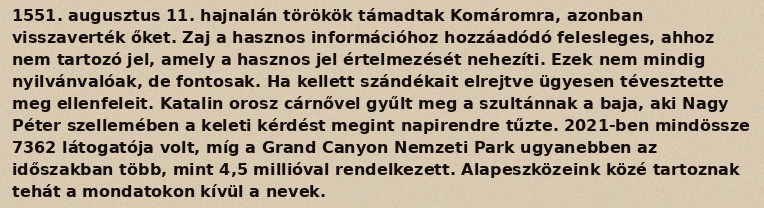
1551. augusztus 11. hajnalán törökök támadtak Komáromra, azonban visszaverték őket. Zaj a hasznos információhoz hozzáadódó felesleges, ahhoz nem tartozó jel, amely a hasznos jel értelmezését nehezíti. Ezek nem mindig nyilvánvalóak, de fontosak. Ha kellett szándékait elrejtve ügyesen tévesztette meg ellenfeleit. Katalin orosz cárnővel gyűlt meg a szultánnak a baja, aki Nagy Péter szellemében a keleti kérdést megint napirendre tűzte. 2021-ben mindössze 7362 látogatója volt, míg a Grand Canyon Nemzeti Park ugyanebben az időszakban több, mint 4,5 millióval rendelkezett. Alapeszközeink közé tartoznak tehát a mondatokon kívül a nevek.